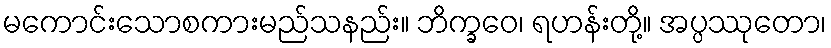
မကောင်းသောစကားမည်သနည်း။ ဘိက္ခဝေ၊ ရဟန်းတို့။ အပ္ပဿုတော၊